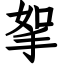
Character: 挐